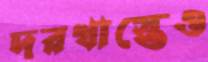
দরখাস্তেও